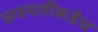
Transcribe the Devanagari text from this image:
छत्रपतींकडेच